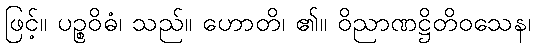
ဖြင့်။ ပဉ္စဝိဓံ၊ သည်။ ဟောတိ၊ ၏။ ဝိညာဏဋ္ဌိတိဝသေန၊